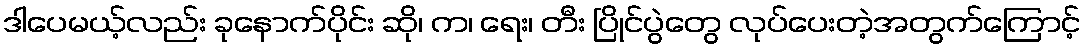
ဒါပေမယ့်လည်း ခုနောက်ပိုင်း ဆို၊ က၊ ရေး၊ တီး ပြိုင်ပွဲတွေ လုပ်ပေးတဲ့အတွက်ကြောင့်